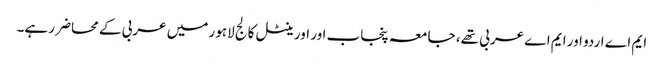
ایم اے اردو اور ایم اے عربی تھے، جامعہ پنجاب اور اورینٹل کالج لاہور میں عربی کے محاضر رہے۔